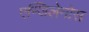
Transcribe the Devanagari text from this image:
एन्जिलेनोस